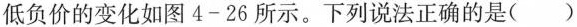
最低负价的变化如图4-26所示。下列说法正确的是()